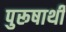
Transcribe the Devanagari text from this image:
पुरूषार्थी